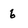
Character: 6